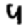
Digit: 9